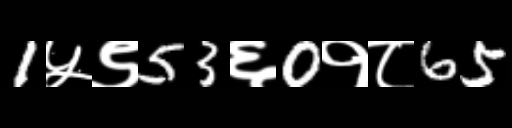
Text: 1५९53६0१८65